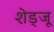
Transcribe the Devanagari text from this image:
शेड्जू